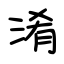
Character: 淆